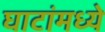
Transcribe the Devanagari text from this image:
घाटांमध्ये